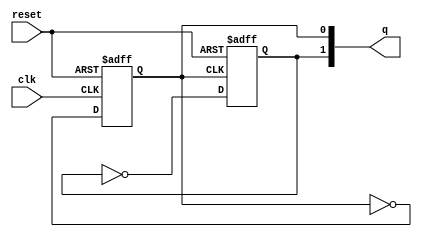
module pes_ripco(input clk , input reset , output [1:0] q);
reg [1:0]q_int;

always @ (posedge clk, posedge reset)
begin
	if(reset)
		q_int[0] <= 1'b0;
	else
		q_int[0] <= ~q_int[0];
end


always @ (posedge q_int[0], posedge reset)
begin
	
	if(reset)
		q_int[1] <= 1'b0;
	else
		q_int[1] <= ~q_int[1];

end

assign q = q_int;

endmodule